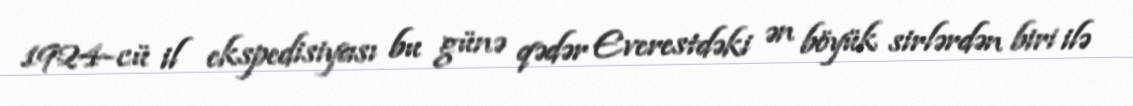
1924-cü il ekspedisiyası bu günə qədər Everestdəki ən böyük sirlərdən biri ilə